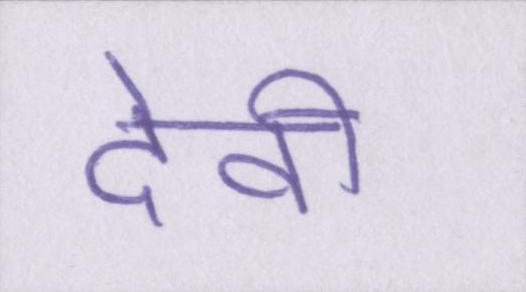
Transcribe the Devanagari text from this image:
देवी